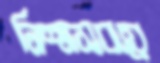
নিশ্বাসবায়ে